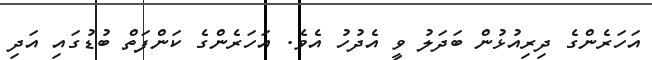
އަހަރެންގެ ދިރިއުޅުން ބަދަލު ވީ އެދުހު އެވެ. އަހަރެންގެ ކަންފަތް ބުޑުގައި އަދި